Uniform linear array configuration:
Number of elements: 24
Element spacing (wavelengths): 0.25
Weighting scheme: exponential
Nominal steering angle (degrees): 15
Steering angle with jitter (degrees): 16.256
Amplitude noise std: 0.05
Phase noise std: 0.05

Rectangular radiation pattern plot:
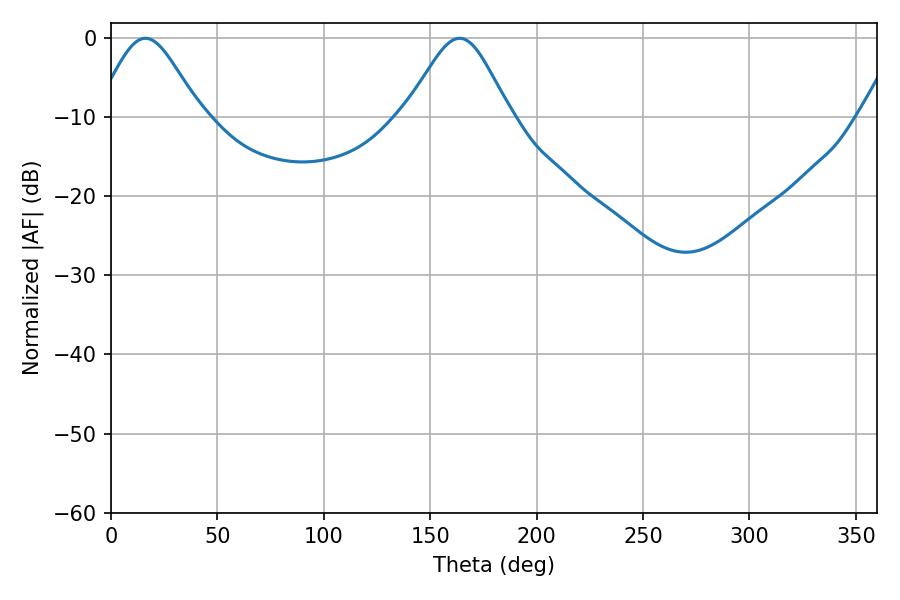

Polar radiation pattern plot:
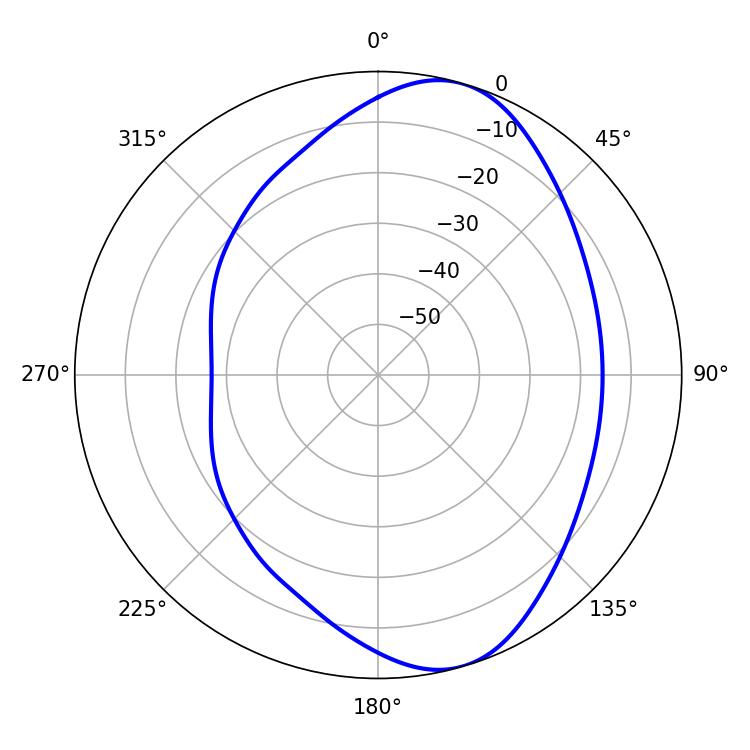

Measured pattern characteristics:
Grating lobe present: FALSE
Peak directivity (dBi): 8.003
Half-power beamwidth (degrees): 24.12
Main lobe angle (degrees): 16.2